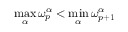
\operatorname* { m a x } _ { \alpha } \omega _ { p } ^ { \alpha } < \operatorname* { m i n } _ { \alpha } \omega _ { p + 1 } ^ { \alpha }